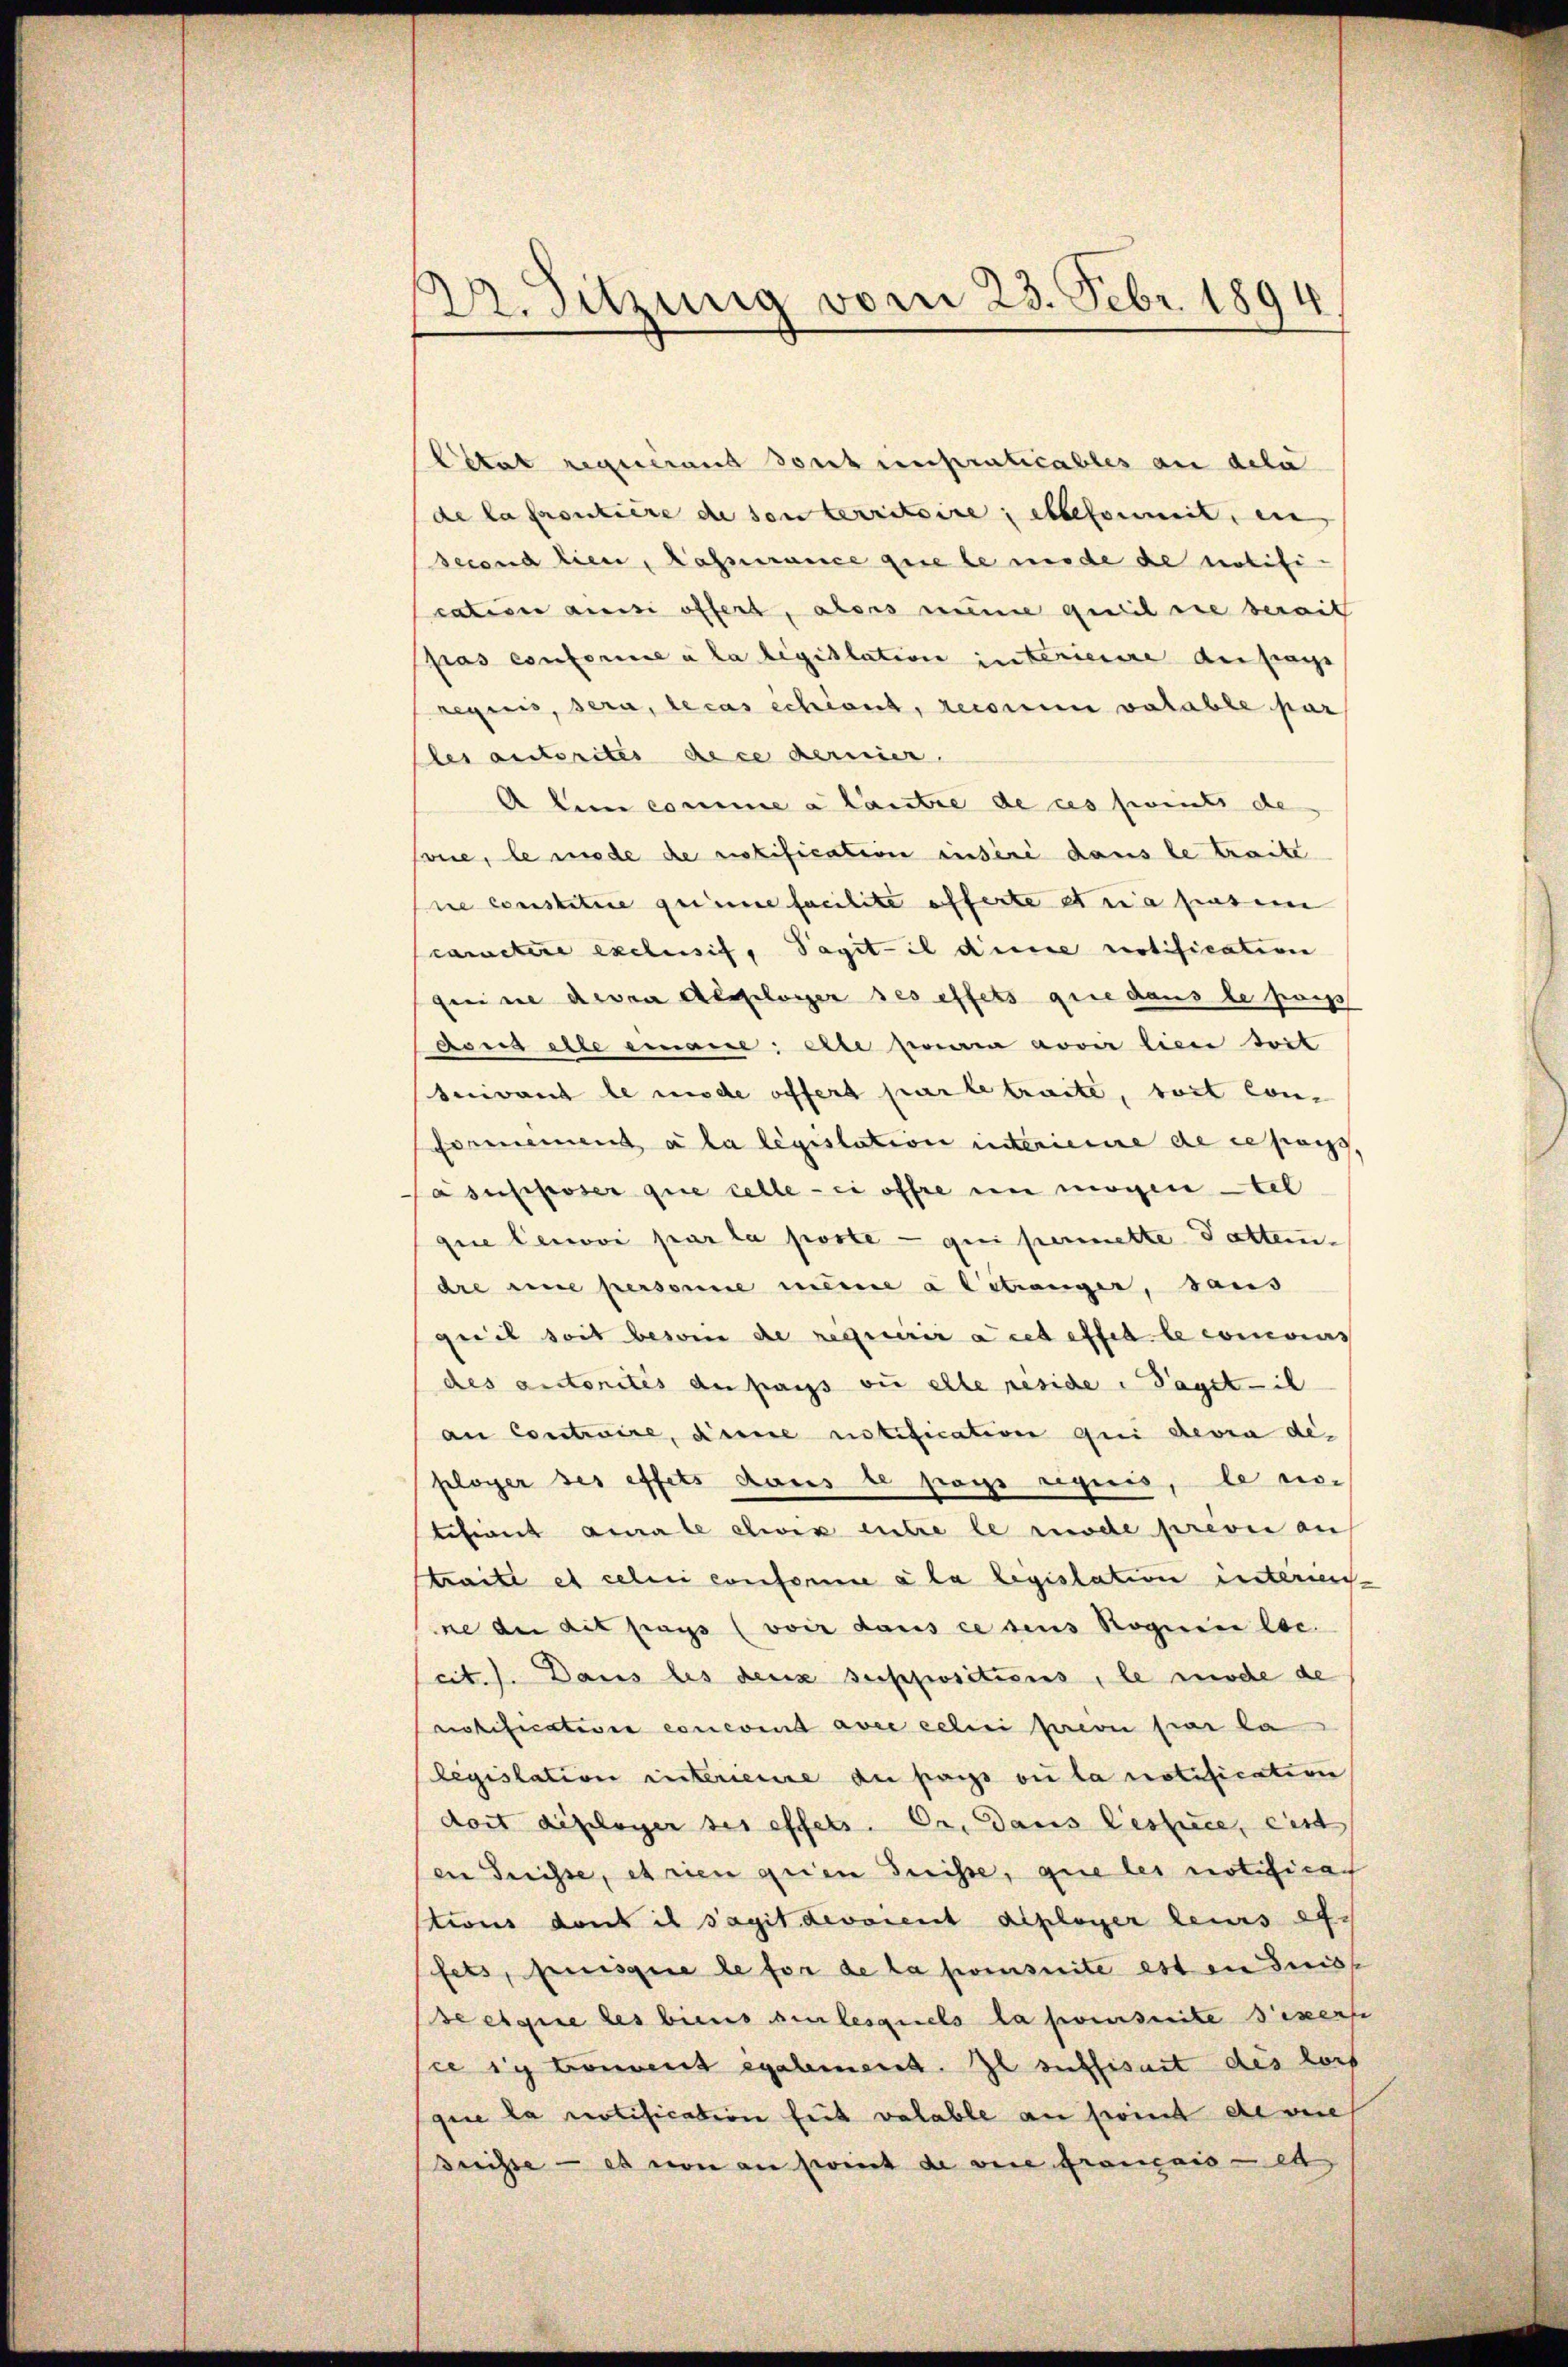
22. Sitzung vom 23. Febr. 1894

Citat requérand sont impraticables an dela
de la proutiere de son territoire; abbeformit, ein
second lieu, lassurance que le wurde de notification aussi offert, alors meine geteil sie bereit
Gras conferire à la législation interienire der frage
requis, sera, le cas schient, recouren valable par
Der autorites dice dernier.
A um comme a laute de ces seits de
sone, le mode de notification indere dans le traite
ne constiture grimme facilite offerte etwa hiesem
cametere exclusif, Tagitil diese notification
geine deven Algeloger ses effets que dans le pass
arna alle einane; elle zweiia nover lieu doit
suivant le mode offert par le traite, toit con-
Fornement à la législation interienne de cesass,
asupposer que celle-ci offre en mögen tel
quie Cerovi par la porte — qui permette Datten-
dre eine personne meine a litranger, saus
geil seit besoin de requirira cet effel le commis
des autorités du pass si elle réside Tagetil
an Contraire, diene notification qui devra de
ployer ses effets dans le pas requis, le nötefinit aurale elwis entre le mode prević au
traite et celui conforme à la legislation interien-
ne der ait pays (voir dans ce sens Roguine loc
cit. Dans les deux suppositions, le mode de
notification concent avec celui prevu par la
legislation interienire du pass die la notification
doit disloger des effets. Er. Dans lestice, eint
en Dreisse, et rien grien Suisse, que les notifica
stions dont il s’agit devoient diployer leurs ex-
fets, puisque le for de la presuite est in Frist
se eigine des biens verlesquels la preseite Piperfe
ce in Convent égalmend. Il suffisait des lors
giie la notification seit valable an Point de vie
drisse — es von an seint de vere Français et